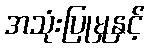
အသုံးပြုမှုနှင့်